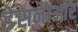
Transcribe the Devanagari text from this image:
डेसनोआर